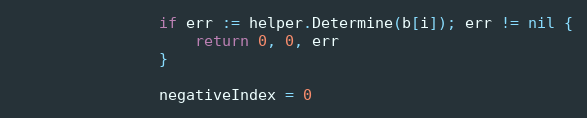
Language: Go
				if err := helper.Determine(b[i]); err != nil {
					return 0, 0, err
				}

				negativeIndex = 0